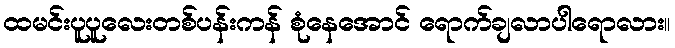
ထမင်းပူပူလေးတစ်ပန်းကန် စုံနေအောင် ရောက်ချလာပါရောလား။